Annual report on the working of the lock hospitals in the North-Western Provinces and Oudh
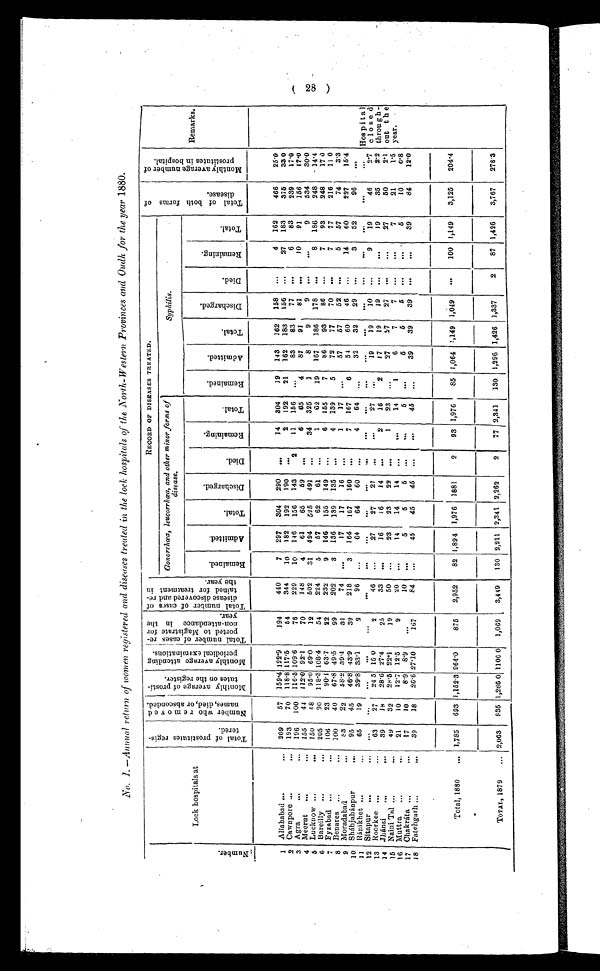
No. I.—Annual return of women registered and diseases treated in the lock hospitals of the North-Western Provinces and Oudh for the year 1880.
N u m b e r .
Lock hospitals at
T o t a l o f p r o s t i t u t e s r e g i s t e r e d . N u m b e r w h o r e m o v e d n a m e s , d i e d , o r a b s c o n d e d .
M o n t h l y a v e r a g e o f p r o s t i t u t e s o n t h e r e g i s t e r .
M o n t h l y a v e r a g e a t t e n d i n g t h e p e r i o d i c a l e x a m i n a t i o n T o t a l n u m b e r o f c a s e s r e p o r t e d t o M a g i s t r a t e f o r n o n - a t t e n d a n c e i n t h e y e a r .
T o t a l n u m b e r o f c a s e s o f d i s e a s e d i s c o v e r e d a n d r e t a i n e d f o r t r e a t m e n t i n t h e y e a r .
RECORD OF DISEASES TREATED.
T o t a l o f b o t h f o r m s o f d i s e a s e s .
M o n t h l y a v e r a g e n u m b e r o f p r o s t i t u t e s i n h o s p i t a l .
Remarks.
Gonorrhœa, leucorrhœa, and other minor forms of
disease.
S y p h i l i s .
R e m a i n e d .
A d m i t t e d .
T o t a l .
D i s c h a r g e d .
D i e d .
R e m a i n i n g
T o t a l .
R e m a i n e d .
A d m i t t e d .
T o t a l .
D i s c h a r g e d .
D i e d .
R e m a i n i n g
T o t a l .
1 Allahabad .. ..
2 0 9 57 159.4 122.9
194
440
7
297
304
290
. . .
14
304
19
143
162
158
...
4
162
466
25.0
Hospital
closed
through-
out the
year
.
156
...
27
183
375
33 0
192
21
162
183
2 Cawnpore ...
...
193
70 118.8 117.5
54
344
10
182
192
190
...
2
77
...
6
83
239
17.0
100 116.3109.6
76
229
10
146
156
143
2
11
166
...
83
83
3 Agra
...
...
196
..
10
91
156
81
17.0
112.0 92.1
70
148
4
61
65
59
,„
6
65
4
87
91
4 Meerut
...
..
155
44
534
30.0
9
95.0 69.0
12
502
31
494
525
491
. . .
34
325
1
8
9
9
...
. . .
5 Lucknow ...
... 150
18
14.4
5
57
62
61
...
1
02
19
167
186
178
...
8
186
248
6
205
90
118.3 108.4
54
224
Bareilly •..
...
17.0
106
23
90.1 63.7
22
232
9
146
155
149 ...
6
155
7
86
93
86
...
7
93
248
7 Fyzabad ...
...
11.0
100
40
67.8 49.5
99
202
3
136
139
135
. . .
4
139
5
72
77
70
...
7
77
216
8 Benares ..,...
8 3 22
58.2 39.4
31
74
...
17
17
16 ...
1
17
...
57
67
52
...
5
57
74
3-3
9 Moradabad ...
95
45
46.8 43.9
39
218
3
164
167
160
. . .
7
167
6
54
60
46
...
14
60
227
15.4
10 Sháhjabánpur
...
65
19
39.8 33.1
2
96
...
64
64
60
. . .
4
64
. . .
32
32
29
...
3
32
96
...
Ránikhet .,.
11 Sitapur „,
..
. . .
. . .
. . .
. . .
. . .
. . .
. . .
. . .
. . .
. . .
. . .
. . .
. . .
. . .
. . .
. . .
. . .
. . .
. . .
. . .
. . .
. . .
12
19
10
...
9
19
46
2.7
24.5 16.0
2
46
...
27
27
27
. . .
. . .
27
. . .
19
Roorkee ...
...
27
13
6 3
2.2
39
18
28.6 27.4
25
33
. . .
16
16
14
...
2
16
2
17
19
19
...
. . .
19
35
Jhánsi
...
...
14
2.1
49
32
28.5 22.1
19
50
...
23
23
22
,..
1
23
,..
27
...
27
...
...
27
50
15 Naini Tal ... ...
1.5
21
10
12.7 12.5
9
20
. . .
14
14
14
...
14
1
6
7
7
...
. . .
7
21
16 Muttra
,,,
...
. . .
5
6
5
. . .
. . .
5
...
5
5
5
...
. . .
5
10
0.8
10
8.9 8.9
17 Chakráta ..,
...
17
10
. . .
12.0
45
. . .
39
39
39
...
. . .
39
84
0
Fatehgarh ...
...
39
18
26.6 27.10
167
84
..
45
45
45
..
..
Total, 1880
... 1,785 693 1,152.3 964.0
875
2,952
82 1,894 1,976 1881
2
93 1,976
85 1,064 1,149 1,049
. . .
100 1,149
3,125
204.4
TOTAL, 1879
... 2,063
835
1 , 2 8 6 . 0 1106.0 1,069
3,449
130 2,211 2,341 2,262
2
77 2,341
130 1,296 1,426 1,337
2
87 1,426
3,767
278.3
2 8